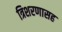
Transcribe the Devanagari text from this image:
त्रिशरणासह